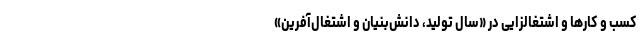
کسب و کارها و اشتغالزایی در «سال تولید، دانش‌بنیان و اشتغال‌آفرین»